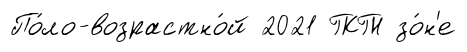
По́ло-возрастно́й 2021 ГКГН зо́н'е